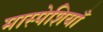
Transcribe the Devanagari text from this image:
मास्पेशियाँ